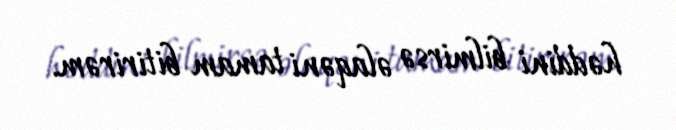
həddini bilmirsə əlaqəni tamam bitirirəm.